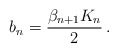
\begin{align*}b_n=\frac{\beta_{n+1} K_n}{2} \,.\end{align*}